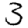
Digit: 3